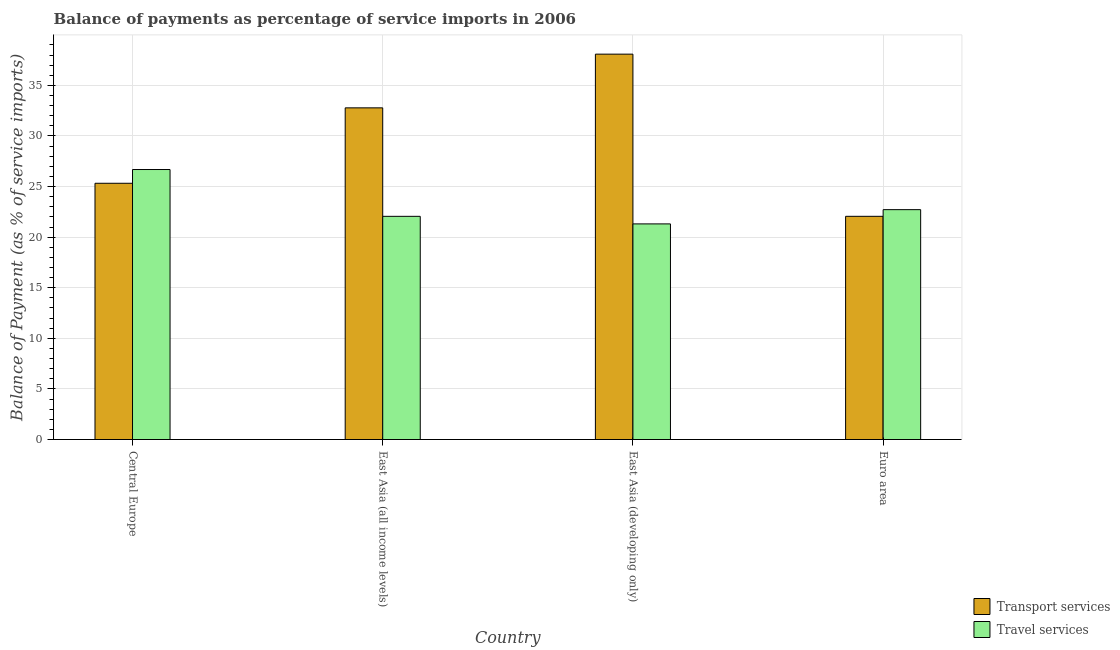
| Country | Transport services | Travel services |
 | --- | --- | --- |
 | Central Europe | 25.3 | 26.7 |
 | East Asia (all income levels) | 32.8 | 22.1 |
 | East Asia (developing only) | 38.1 | 21.3 |
 | Euro area | 22.1 | 22.7 |